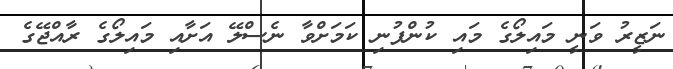
ނަޒީރު ވަނީ މައިލޯގެ މައި ކުންފުނި ކަމަށްވާ ނެސްލޭ އަށާއި މައިލޯގެ ރާއްޖޭގެ